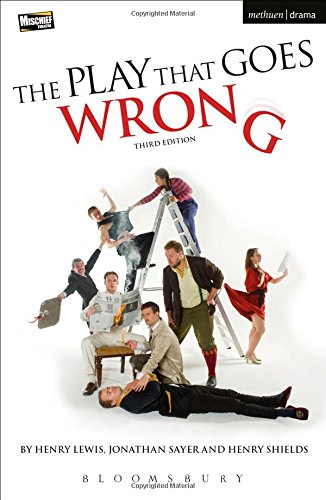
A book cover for The Play That Goes Wrong: 3rd Edition (Modern Plays); Henry Lewis; Literature & Fiction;